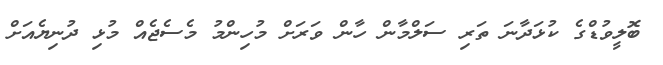
ބޮލީވުޑްގެ ކުޅަދާނަ ތަރި ސަލްމާން ހާން ވަރަށް މުހިންމު މެސެޖެއް މުޅި ދުނިޔެއަށް